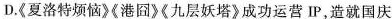
D.《夏洛特烦恼》《港图》《九层妖塔》成功运营I造就国庆